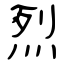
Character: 烈